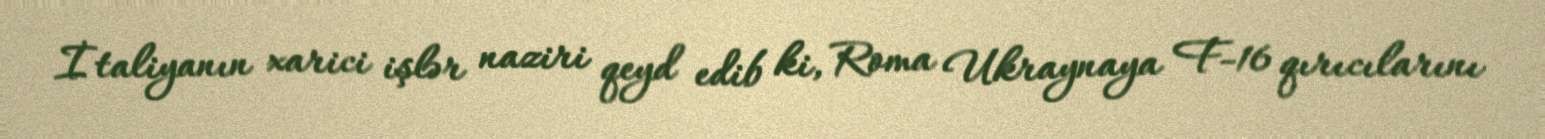
İtaliyanın xarici işlər naziri qeyd edib ki, Roma Ukraynaya F-16 qırıcılarını